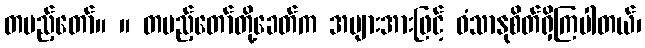
တပည့်တော်။ ။ တပည့်တော်တို့ခေတ်က အများအားဖြင့် ဝံသာနုစိတ်ရှိကြပါတယ်၊